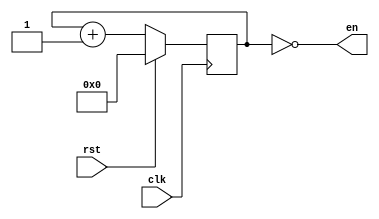
`timescale 1ns / 1ps

module timer(clk, rst, en);
input clk, rst;
output en;

parameter RCWIDTH = 25;

reg [RCWIDTH-1:0] cnt, cntNext;

always@(posedge clk)begin
	cnt <= cntNext;
end

always@(*)begin
	if(rst)
		cntNext = 0;
	else
		cntNext = cnt + 1;
end

assign en = (cnt==0);

endmodule